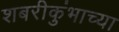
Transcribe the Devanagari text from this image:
शबरीकुंभाच्या